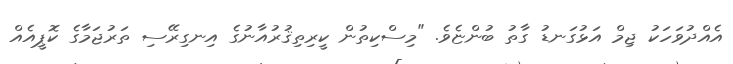
އެއްދުވަހަކު ޖިމް އަޅުގަނޑު ގާތު ބުންޏެވެ. "މިސްކިތުން ކީރިތިޤުރުއާނުގެ އިނގިރޭސި ތަރުޖަމާގެ ކޮޕީއެއް